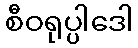
စီဝရုပ္ပါဒေါ